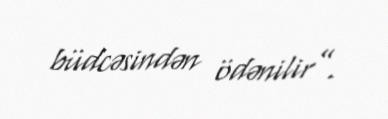
büdcəsindən ödənilir”.